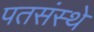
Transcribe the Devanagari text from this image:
पतसंस्थे